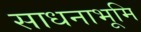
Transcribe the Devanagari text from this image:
साधनाभूमि